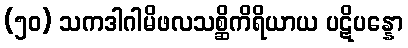
(၅၀) သကဒါဂါမိဖလသစ္ဆိကိရိယာယ ပဋိပန္နော